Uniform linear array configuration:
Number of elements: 4
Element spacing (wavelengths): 0.75
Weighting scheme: blackman
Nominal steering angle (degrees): -45
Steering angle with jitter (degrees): -46.634
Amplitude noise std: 0.05
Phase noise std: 0.05

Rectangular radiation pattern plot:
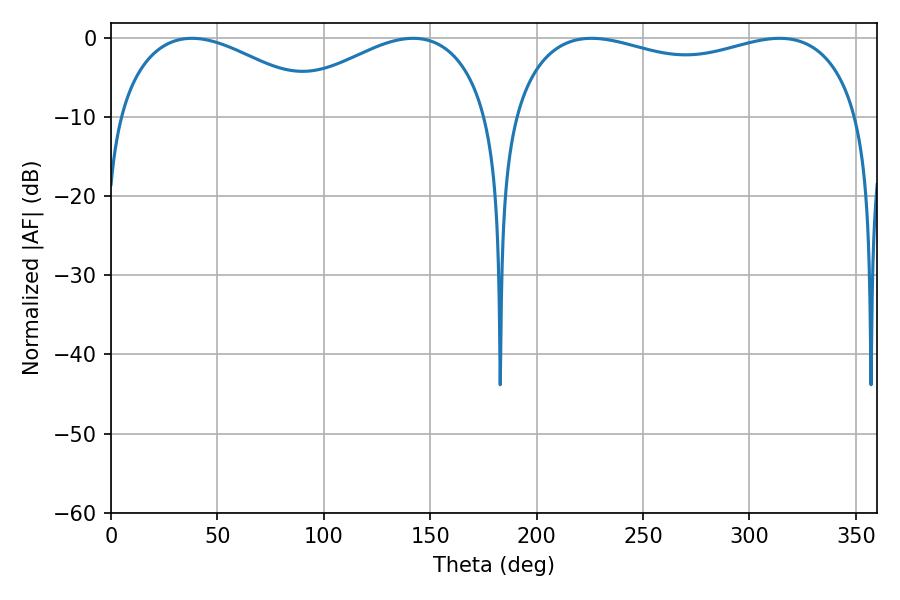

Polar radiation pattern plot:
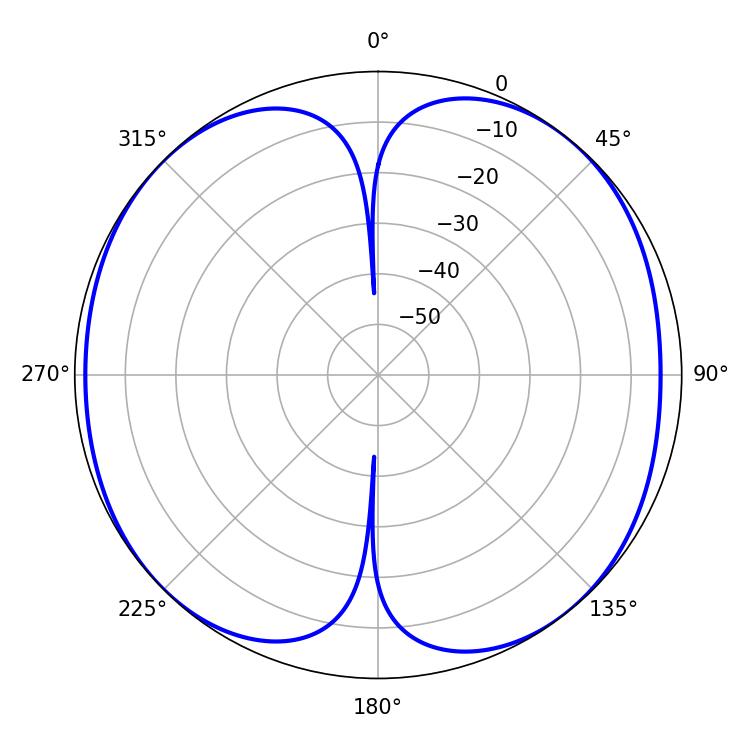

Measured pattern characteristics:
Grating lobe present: TRUE
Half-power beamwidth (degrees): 55.08
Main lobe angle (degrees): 37.98